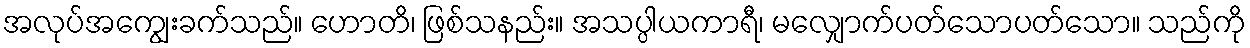
အလုပ်အကျွေးခက်သည်။ ဟောတိ၊ ဖြစ်သနည်း။ အသပ္ပါယကာရီ၊ မလျှောက်ပတ်သောပတ်သော။ သည်ကို